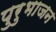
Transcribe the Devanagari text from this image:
पुरुभाजन